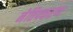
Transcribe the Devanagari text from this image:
नेत्तिपकरण